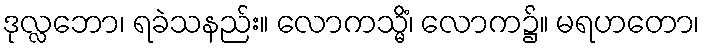
ဒုလ္လဘော၊ ရခဲသနည်း။ လောကသ္မိံ၊ လောက၌။ မရဟတော၊